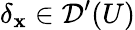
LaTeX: \delta_{\mathbf{x}}\in{\mathcal{{D}}}^{\prime}(U)